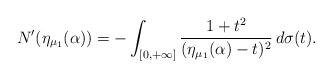
LaTeX: \begin{align*}N^{\prime}(\eta_{\mu_{1}}(\alpha))=-\int_{[0,+\infty]}\frac{1+t^{2}}{(\eta_{\mu_{1}}(\alpha)-t)^{2}}\,d\sigma(t).\end{align*}